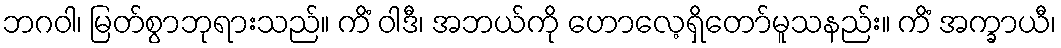
ဘဂဝါ၊ မြတ်စွာဘုရားသည်။ ကိံ ဝါဒီ၊ အဘယ်ကို ဟောလေ့ရှိတော်မူသနည်း။ ကိံ အက္ခာယီ၊